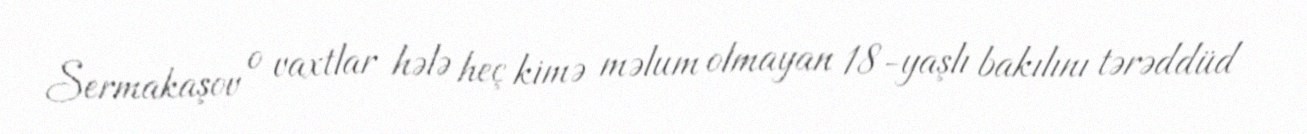
Sermakaşov o vaxtlar hələ heç kimə məlum olmayan 18-yaşlı bakılını tərəddüd